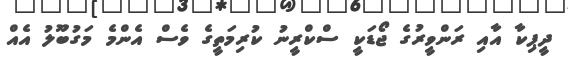
ދީޕިކާ އާއި ރަންވީރުގެ ޖޯޑަކީ ސްކްރީނު ކުރިމަތީގެ ވެސް އެންމެ މަގުބޫލު އެއް